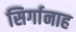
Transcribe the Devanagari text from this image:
सिर्गानाह